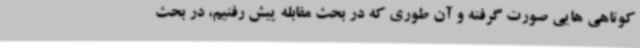
کوتاهی هایی صورت گرفته و آن طوری که در بحث مقابله پیش رفتیم، در بحث